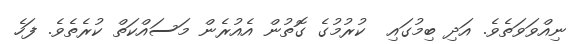
ނިއްވަވަތެވެ. އަދި ބިމުގައި  ކުރުމުގެ ގޮތުން އެއުރެން މަސައްކަތް ކުރެތެވެ. ފަހެ